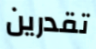
تقدرين